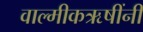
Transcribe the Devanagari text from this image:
वाल्मीकऋषींनी